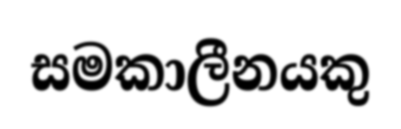
සමකාලීනයකු